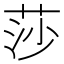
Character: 莎